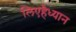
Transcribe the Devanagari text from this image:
लिएहैध्यान